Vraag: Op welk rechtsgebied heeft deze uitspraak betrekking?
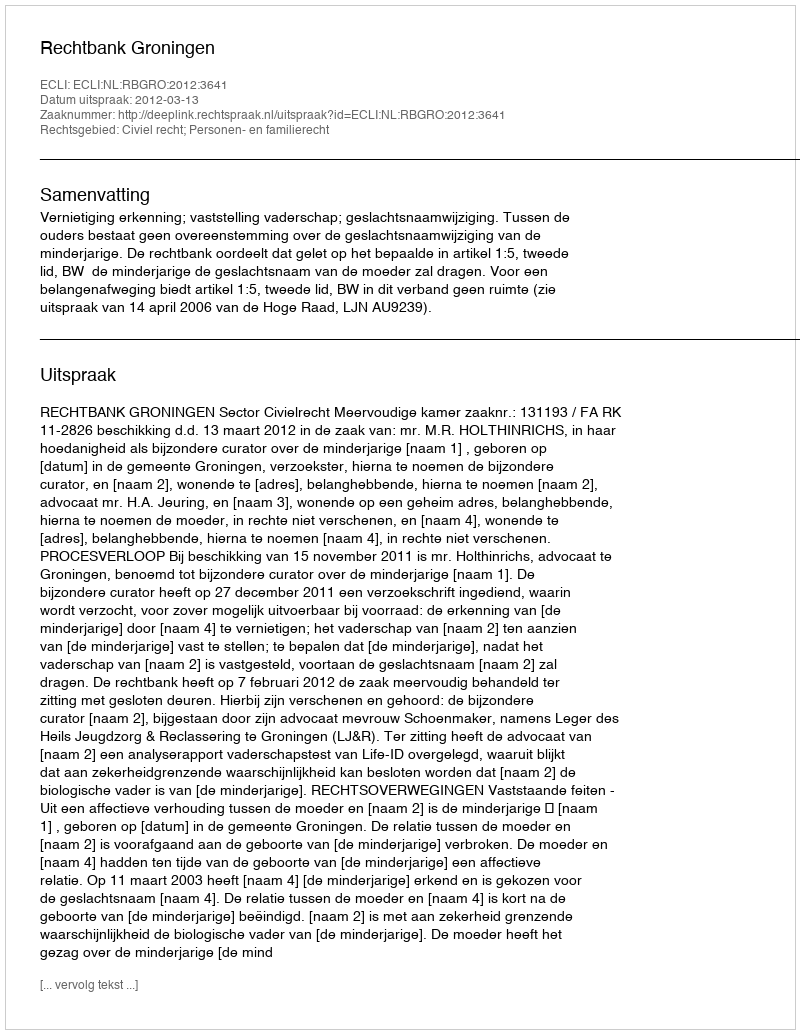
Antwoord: Civiel recht; Personen- en familierecht